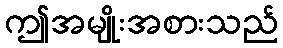
ဤအမျိုးအစားသည်